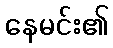
နေမင်း၏